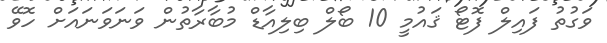
ވަގުތު ފައިލް ފޮޓޯ ޤައުމީ 10 ބޯލް ބިލިއާޑް މުބާރާތުން ވަނަވަނައަށް ހޮވޭ